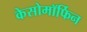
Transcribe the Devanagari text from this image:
केसोमॉर्फिन